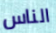
الناس